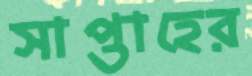
সাপ্তাহের